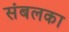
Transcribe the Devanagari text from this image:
संबलका